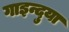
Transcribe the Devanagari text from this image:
गाइन्दुया